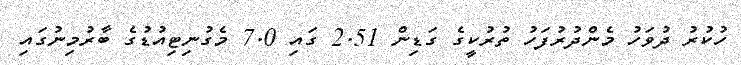
ހުކުރު ދުވަހު މެންދުރުފަހު ތުރުކީގެ ގަޑިން 2.51 ގައި 7.0 މެގުނިޓިއުޑުގެ ބާރުމިނުގައި